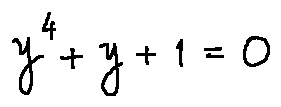
y ^ { 4 } + y + 1 = 0